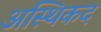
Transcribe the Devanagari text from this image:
अस्थिकद